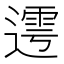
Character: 𨖜